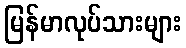
မြန်မာလုပ်သားများ